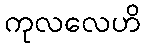
ကုလလေဟိ